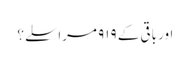
اور باقی کے ۹۱۹ مراسلے؟